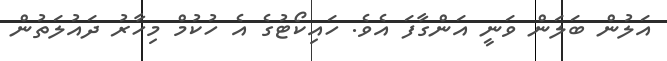
އަލުން ބަލަން ވަނީ އަންގާފަ އެވެ. ހައިކޯޓުގެ އެ ހުކުމް މިހާރު ދައުލަތުން